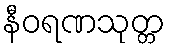
နီဝရဏသုတ္တ